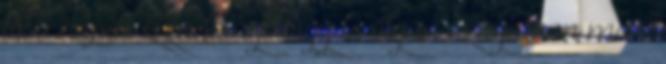
több napos izzadtságtól így is olyan szaga van már,